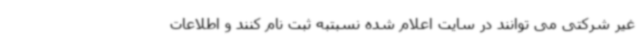
غیر شرکتی می توانند در سایت اعلام شده نسبتبه ثبت نام کنند و اطلاعات